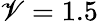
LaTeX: \mathscr{V}=1.5